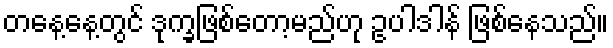
တနေ့နေ့တွင် ဒုက္ခဖြစ်တော့မည်ဟု ဥပါဒါန် ဖြစ်နေသည်။